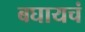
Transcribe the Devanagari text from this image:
बघायचं